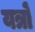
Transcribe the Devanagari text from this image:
यत्रों